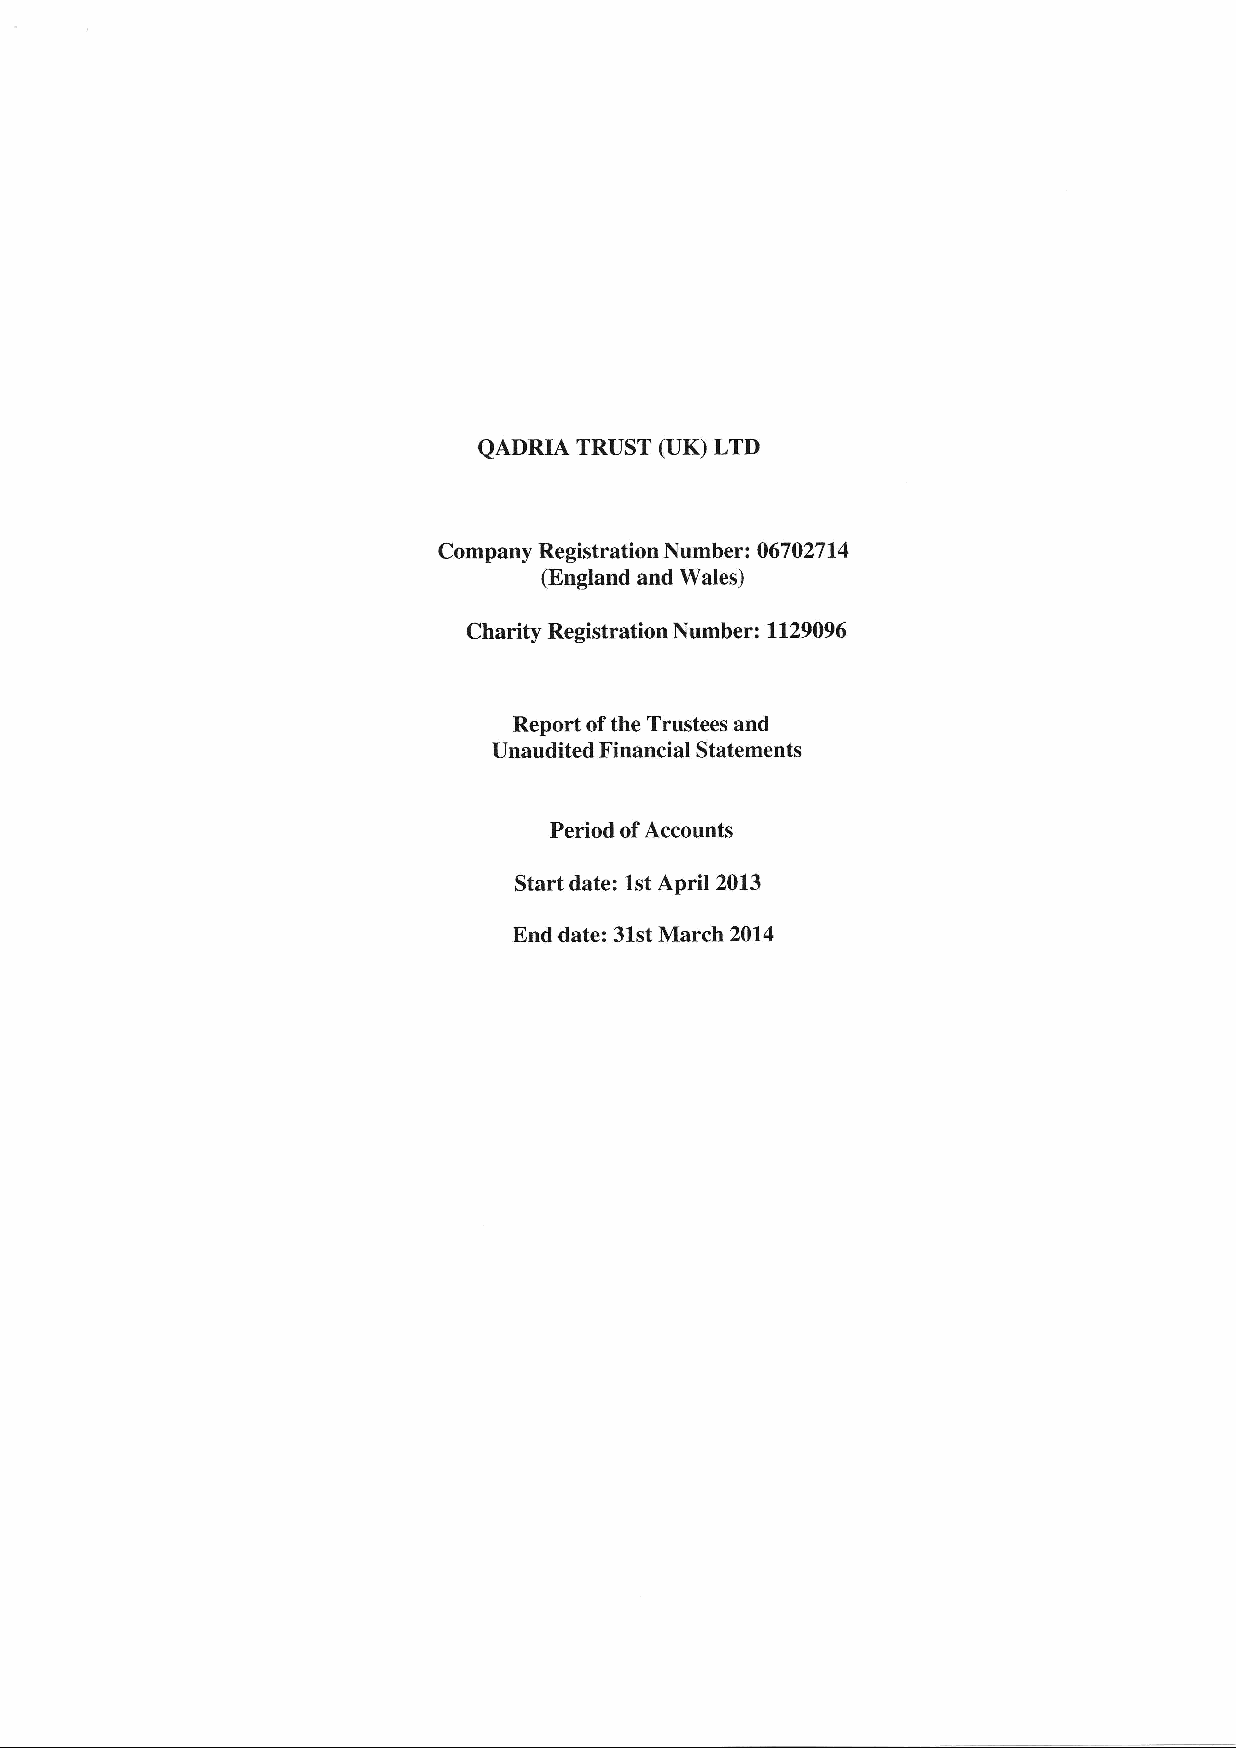
QADRIA TRUST (UK) LTD
 Company Registration Number: 067 027 t4
 (England and Wales)
 Charity Registration Number: 1129096
 Report of the Trustees and
 Unaudited Financial Statements
 Period of Accounts
 Start date: lst April 2013
 End date: 31st March 2014